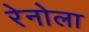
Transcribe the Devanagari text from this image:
रेनोला